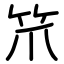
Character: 笊